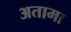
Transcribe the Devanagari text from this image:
अतामा